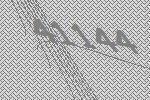
41144